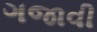
ગજાવી